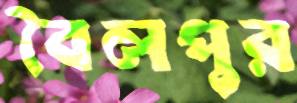
বৈলপুর